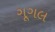
ગૂગલ